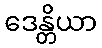
ဒေန္တိယာ